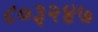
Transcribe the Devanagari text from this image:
८०३२४७